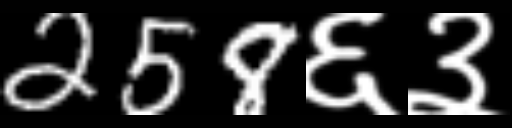
Text: 258६३